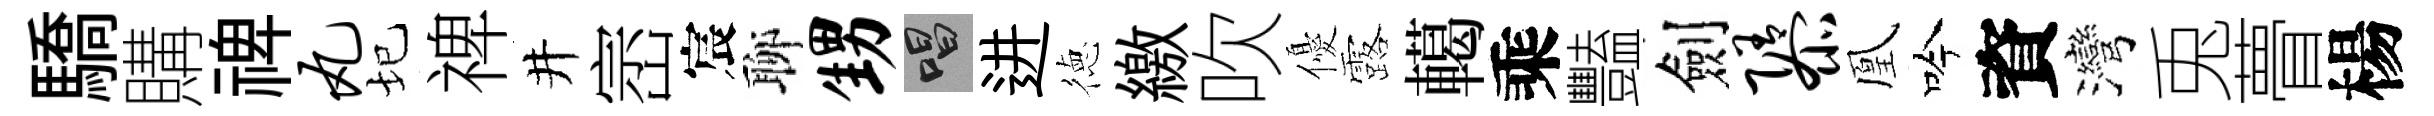
驕購禆丸圮禆井崈宸聊甥唱进徳繳吹優露轕乘豔劍隳凰吟資灣兎瞢楊